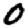
Digit: 0